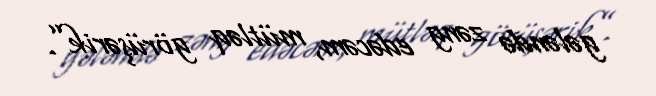
gələndə zəng edəcəm, mütləq görüşərik”.